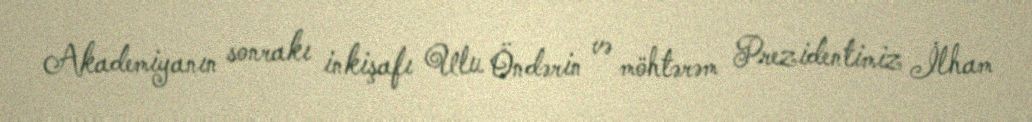
Akademiyanın sonrakı inkişafı Ulu Öndərin və möhtərəm Prezidentimiz İlham